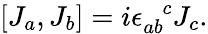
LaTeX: [J_{a},J_{b}]=i\epsilon_{ab}^{\phantom{ab}c}J_{c}.